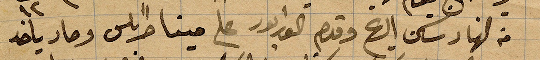
من النهار وسكن الريح وقدم ال...على مينا طرابلس وصار يأخذ